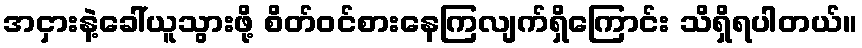
အငှားနဲ့ခေါ်ယူသွားဖို့ စိတ်ဝင်စားနေကြလျက်ရှိကြောင်း သိရှိရပါတယ်။